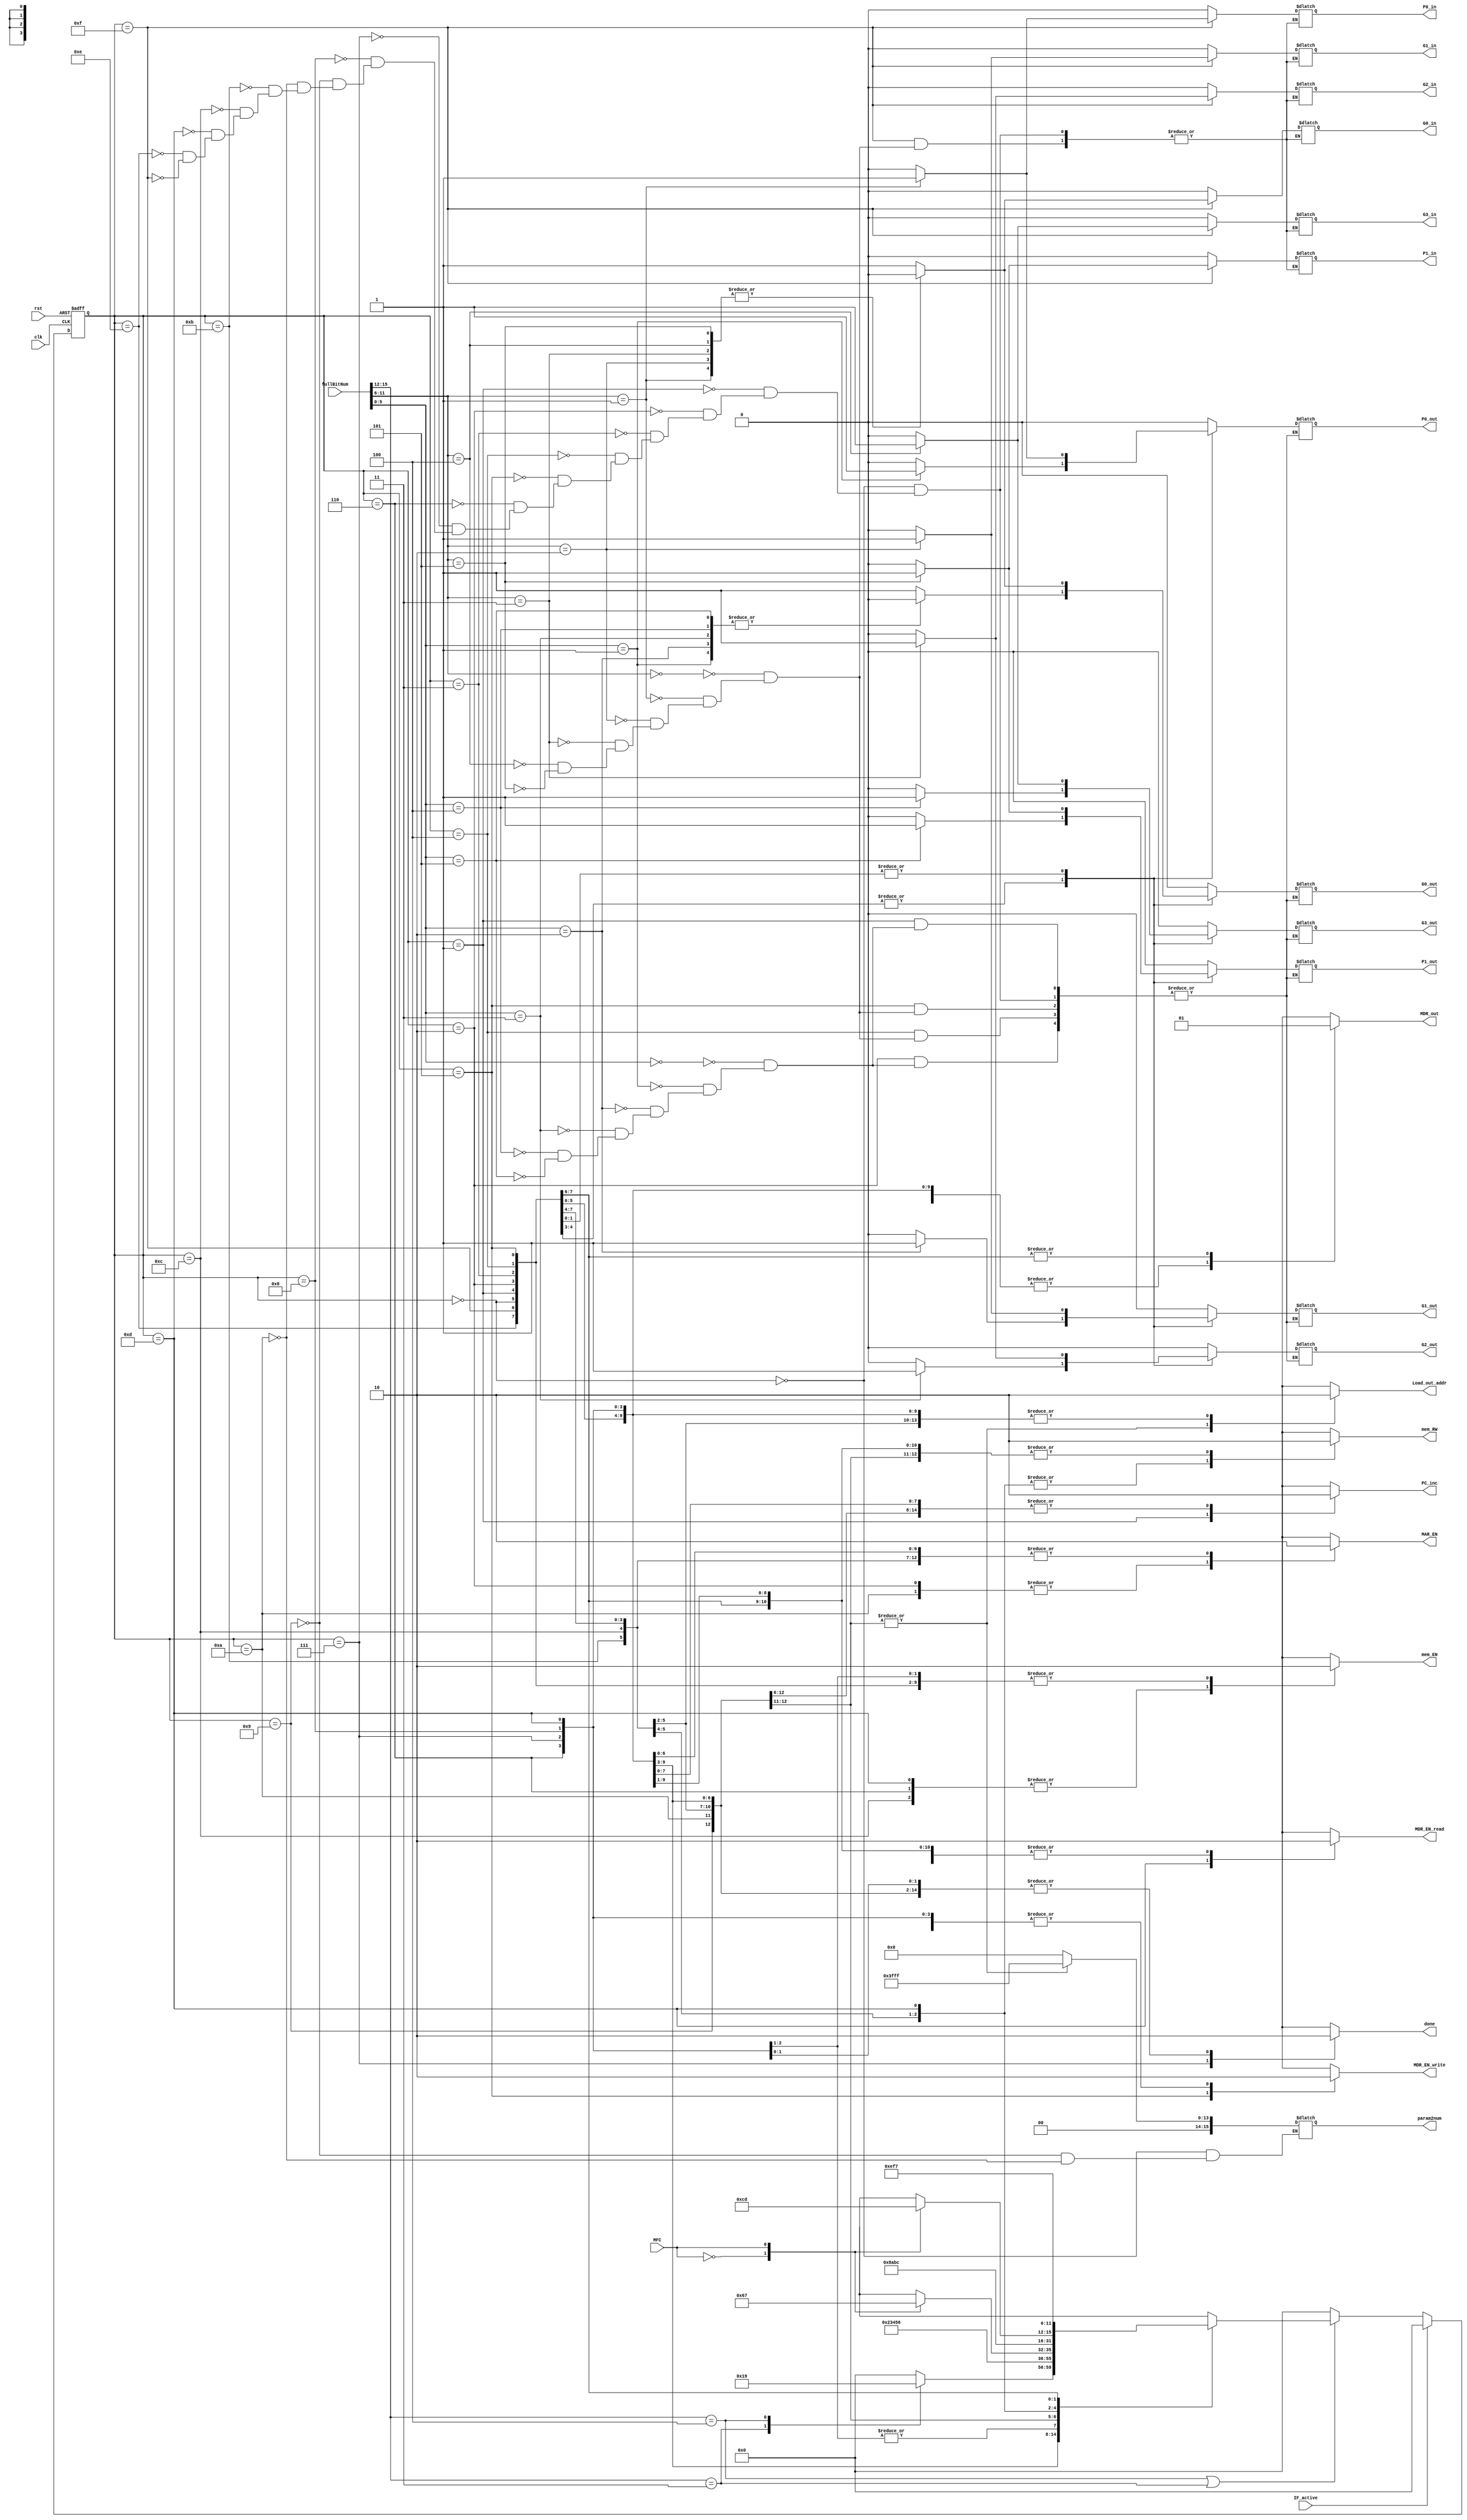
//Hayden Prater
//November 21, 2022
//Memory Load/Store
`timescale 1ns/10ps

module MemLoadStorefsm (clk, rst, fullBitNum, MFC, PC_inc, MAR_EN, mem_EN, mem_RW, MDR_EN_read, MDR_out, MDR_EN_write, done, param2num, Load_out_addr,
                    G0_in, G0_out, G1_in, G1_out, G2_in, G2_out, G3_in, G3_out, P0_in, P0_out, P1_in, P1_out, IF_active);
input clk, rst, MFC, IF_active;
input [15:0] fullBitNum;
output reg G0_in, G0_out, G1_in, G1_out, G2_in, G2_out, G3_in, G3_out, P0_in, P0_out, P1_in, P1_out;
output reg PC_inc, MAR_EN, mem_EN, mem_RW, MDR_EN_read, MDR_out, MDR_EN_write, done, Load_out_addr;
reg [3:0] pres_state, next_state;
    parameter st0 = 4'b0000, st1 = 4'b0001, st2 = 4'b0010, st3 = 4'b0011, st4 = 4'b0100,
              st5 = 4'b0101, st6 = 4'b0110, st7 = 4'b0111, st8 = 4'b1000, st9 = 4'b1001,
              st10 = 4'b1010, st11 = 4'b1011, st12 = 4'b1100, st13 = 4'b1101, st14 = 4'b1110, st15 = 4'b1111;

wire [3:0]opCode = fullBitNum[15:12];
wire [5:0]param1 = fullBitNum[11:6]; 
wire [5:0]param2 = fullBitNum[5:0];
output reg[15:0] param2num;

always @(posedge clk or posedge rst) 
    begin
        if (rst)
            pres_state <= st0;
        else if (IF_active)
            pres_state <= st0;
        else if (opCode == 4'b0100 || opCode == 4'b0011)
            pres_state <= next_state;
        else 
            pres_state <= st0;
    end

 always @(pres_state or MFC or opCode) 
    begin
        case (pres_state)
           //Choose Load or Store
           st0 : case(opCode)
           4'b0011: next_state <= st1;
           4'b0100: next_state <= st9;
           default: next_state <= st0;
           endcase

           //Store Steps 
           st1 : next_state <= st2;
           st2 : next_state <= st3;
           st3 : next_state <= st4;
           st4 : next_state <= st5;
           st5 : next_state <= st6;
           st6 : case(MFC)              //MFC == 1 to move to next state
           1'b0: next_state <= st6;
           1'b1: next_state <= st7;     //Done
           default: next_state <= st6;
           endcase

           st7 : next_state <= st8;     //setting Done to 0 for both operations
           st8 : next_state <= st8;     //keeping Done to 0 for both operations

           //Load Steps
           st9 : next_state <= st10;
           st10: next_state <= st11;
           st11: next_state <= st12;
           st12: case(MFC)              //MFC == 1 to move to next state
           1'b0: next_state <= st12;
           1'b1: next_state <= st13;     
           default: next_state <= st12;
           endcase
           st13: next_state <= st14;
           st14: next_state <= st15;
           st15: next_state <= st7;     //Done

        default: next_state <= st0;
            
        endcase
    end

always @(pres_state) 
    begin
        case (pres_state)
//---------------------------st0-----------------------------
        st0: 
            begin
            PC_inc <= 0;
            //Gxout
            param2num <= 16'b0000000000000000;
            G0_out <= 0; G1_out <= 0; G2_out <= 0; G3_out <= 0; P0_out <= 0; P1_out <= 0;
            //Gxin
            G0_in <= 0; G1_in <= 0; G2_in <= 0; G3_in <= 0; P0_in <= 0; P1_in <= 0;
            MAR_EN <= 0;
            mem_EN <= 0;
            mem_RW <= 0;
            MDR_EN_read <= 0;
            MDR_out <= 0;
            MDR_EN_write <= 0;
            done <= 0;
            Load_out_addr <= 0;
            end
 //---------------------------st1-----------------------------
        st1: 
            begin
            PC_inc <= 1;
            //Gxout
            case(param2)
            6'b000000: begin
                G0_out <= 1; G1_out <= 0; G2_out <= 0; G3_out <= 0; P0_out <= 0; P1_out <= 0;
                end
            6'b000001: begin
                G0_out <= 0; G1_out <= 0; G2_out <= 0; G3_out <= 0; P0_out <= 1; P1_out <= 0;
                end
            6'b000010: begin 
                G0_out <= 0; G1_out <= 1; G2_out <= 0; G3_out <= 0; P0_out <= 0; P1_out <= 0;
                end
            6'b000011: begin
                G0_out <= 0; G1_out <= 0; G2_out <= 1; G3_out <= 0; P0_out <= 0; P1_out <= 0;
                end
            6'b000100: begin
                G0_out <= 0; G1_out <= 0; G2_out <= 0; G3_out <= 1; P0_out <= 0; P1_out <= 0;
                end
            6'b000101: begin
                G0_out <= 0; G1_out <= 0; G2_out <= 0; G3_out <= 0; P0_out <= 0; P1_out <= 1;
                end
            endcase
            //Gxin
            G0_in <= 0; G1_in <= 0; G2_in <= 0; G3_in <= 0; P0_in <= 0; P1_in <= 0;
            MAR_EN <= 0;
            mem_EN <= 0;
            mem_RW <= 0;
            MDR_EN_read <= 0;
            MDR_out <= 0;
            MDR_EN_write <= 0;
            done <= 0;
            Load_out_addr <= 0;
            end
 //---------------------------st2-----------------------------
        st2: 
            begin
            PC_inc <= 0;
            //Gxout
            case(param2)
            6'b000000: begin
                G0_out <= 1; G1_out <= 0; G2_out <= 0; G3_out <= 0; P0_out <= 0; P1_out <= 0;
                end
            6'b000001: begin
                G0_out <= 0; G1_out <= 0; G2_out <= 0; G3_out <= 0; P0_out <= 1; P1_out <= 0;
                end
            6'b000010: begin 
                G0_out <= 0; G1_out <= 1; G2_out <= 0; G3_out <= 0; P0_out <= 0; P1_out <= 0;
                end
            6'b000011: begin
                G0_out <= 0; G1_out <= 0; G2_out <= 1; G3_out <= 0; P0_out <= 0; P1_out <= 0;
                end
            6'b000100: begin
                G0_out <= 0; G1_out <= 0; G2_out <= 0; G3_out <= 1; P0_out <= 0; P1_out <= 0;
                end
            6'b000101: begin
                G0_out <= 0; G1_out <= 0; G2_out <= 0; G3_out <= 0; P0_out <= 0; P1_out <= 1;
                end
            endcase
            //Gxin
            G0_in <= 0; G1_in <= 0; G2_in <= 0; G3_in <= 0; P0_in <= 0; P1_in <= 0;
            MAR_EN <= 1;
            mem_EN <= 0;
            mem_RW <= 0;
            MDR_EN_read <= 0;
            MDR_out <= 0;
            MDR_EN_write <= 0;
            done <= 0;
            Load_out_addr <= 0;
            end
 //---------------------------st3-----------------------------
        st3: 
            begin
            PC_inc <= 0;
            //Gxout
            G0_out <= 0; G1_out <= 0; G2_out <= 0; G3_out <= 0; P0_out <= 0; P1_out <= 0;
            //Gxin
            G0_in <= 0; G1_in <= 0; G2_in <= 0; G3_in <= 0; P0_in <= 0; P1_in <= 0;
            MAR_EN <= 0;
            mem_EN <= 0;
            mem_RW <= 0;
            MDR_EN_read <= 0;
            MDR_out <= 0;
            MDR_EN_write <= 0;
            done <= 0;
            Load_out_addr <= 0;
            end  
//---------------------------st4-----------------------------
        st4: 
            begin
            PC_inc <= 0;
            //Gxout
            case(param1)
            6'b000000: begin
                G0_out <= 1; G1_out <= 0; G2_out <= 0; G3_out <= 0; P0_out <= 0; P1_out <= 0;
                end
            6'b000001: begin
                G0_out <= 0; G1_out <= 0; G2_out <= 0; G3_out <= 0; P0_out <= 1; P1_out <= 0;
                end
            6'b000010: begin 
                G0_out <= 0; G1_out <= 1; G2_out <= 0; G3_out <= 0; P0_out <= 0; P1_out <= 0;
                end
            6'b000011: begin
                G0_out <= 0; G1_out <= 0; G2_out <= 1; G3_out <= 0; P0_out <= 0; P1_out <= 0;
                end
            6'b000100: begin
                G0_out <= 0; G1_out <= 0; G2_out <= 0; G3_out <= 1; P0_out <= 0; P1_out <= 0;
                end
            6'b000101: begin
                G0_out <= 0; G1_out <= 0; G2_out <= 0; G3_out <= 0; P0_out <= 0; P1_out <= 1;
                end
            endcase
            //Gxin
            G0_in <= 0; G1_in <= 0; G2_in <= 0; G3_in <= 0; P0_in <= 0; P1_in <= 0;
            MAR_EN <= 0;
            mem_EN <= 0;
            mem_RW <= 0;
            MDR_EN_read <= 0;
            MDR_out <= 0;
            MDR_EN_write <= 0;
            done <= 0;
            Load_out_addr <= 0;
            end   
//---------------------------st5-----------------------------
        st5: 
            begin
            PC_inc <= 0;
            //Gxout
            case(param1)
            6'b000000: begin
                G0_out <= 1; G1_out <= 0; G2_out <= 0; G3_out <= 0; P0_out <= 0; P1_out <= 0;
                end
            6'b000001: begin
                G0_out <= 0; G1_out <= 0; G2_out <= 0; G3_out <= 0; P0_out <= 1; P1_out <= 0;
                end
            6'b000010: begin 
                G0_out <= 0; G1_out <= 1; G2_out <= 0; G3_out <= 0; P0_out <= 0; P1_out <= 0;
                end
            6'b000011: begin
                G0_out <= 0; G1_out <= 0; G2_out <= 1; G3_out <= 0; P0_out <= 0; P1_out <= 0;
                end
            6'b000100: begin
                G0_out <= 0; G1_out <= 0; G2_out <= 0; G3_out <= 1; P0_out <= 0; P1_out <= 0;
                end
            6'b000101: begin
                G0_out <= 0; G1_out <= 0; G2_out <= 0; G3_out <= 0; P0_out <= 0; P1_out <= 1;
                end
            endcase
            //Gxin
            G0_in <= 0; G1_in <= 0; G2_in <= 0; G3_in <= 0; P0_in <= 0; P1_in <= 0;
            MAR_EN <= 0;
            mem_EN <= 0;
            mem_RW <= 0;
            MDR_EN_read <= 0;
            MDR_out <= 0;
            MDR_EN_write <= 1;
            done <= 0;
            Load_out_addr <= 0;
            end 
//---------------------------st6-----------------------------
//MFC == 1 to move to next state
        st6: 
            begin
            PC_inc <= 0;
            //Gxout
            G0_out <= 0; G1_out <= 0; G2_out <= 0; G3_out <= 0; P0_out <= 0; P1_out <= 0;
            //Gxin
            G0_in <= 0; G1_in <= 0; G2_in <= 0; G3_in <= 0; P0_in <= 0; P1_in <= 0;
            MAR_EN <= 0;
            mem_EN <= 1;
            mem_RW <= 0;
            MDR_EN_read <= 0;
            MDR_out <= 0;
            MDR_EN_write <= 0;
            done <= 0;
            Load_out_addr <= 0;
            end
//---------------------------st7-----------------------------
        st7: 
            begin
            PC_inc <= 0;
            //Gxout
            G0_out <= 0; G1_out <= 0; G2_out <= 0; G3_out <= 0; P0_out <= 0; P1_out <= 0;
            //Gxin
            G0_in <= 0; G1_in <= 0; G2_in <= 0; G3_in <= 0; P0_in <= 0; P1_in <= 0;
            MAR_EN <= 0;
            mem_EN <= 0;
            mem_RW <= 0;
            MDR_EN_read <= 0;
            MDR_out <= 0;
            MDR_EN_write <= 0;
            done <= 1;
            Load_out_addr <= 0;
            end  
//---------------------------st8 - Setting done to 0----------
        st8: 
            begin
            PC_inc <= 0;
            //Gxout
            G0_out <= 0; G1_out <= 0; G2_out <= 0; G3_out <= 0; P0_out <= 0; P1_out <= 0;
            //Gxin
            G0_in <= 0; G1_in <= 0; G2_in <= 0; G3_in <= 0; P0_in <= 0; P1_in <= 0;
            MAR_EN <= 0;
            mem_EN <= 0;
            mem_RW <= 0;
            MDR_EN_read <= 0;
            MDR_out <= 0;
            MDR_EN_write <= 0;
            done <= 0;
            Load_out_addr <= 0;
            end
//---------------------------st9----------------------------- // Load
        st9: 
            begin
            PC_inc <= 0;
            param2num <= {16'b0011111111111111};
            //Gxout
            G0_out <= 0; G1_out <= 0; G2_out <= 0; G3_out <= 0; P0_out <= 0; P1_out <= 0;
            //Gxin
            G0_in <= 0; G1_in <= 0; G2_in <= 0; G3_in <= 0; P0_in <= 0; P1_in <= 0;
            MAR_EN <= 0;
            mem_EN <= 0;
            mem_RW <= 0;
            MDR_EN_read <= 0;
            MDR_out <= 0;
            MDR_EN_write <= 0;
            done <= 0;
            Load_out_addr <= 1;
            end
//---------------------------st10----------------------------- //
        st10: 
            begin
            PC_inc <= 0;
            param2num <= {16'b0011111111111111};
            //Gxout
            G0_out <= 0; G1_out <= 0; G2_out <= 0; G3_out <= 0; P0_out <= 0; P1_out <= 0;
            //Gxin
            G0_in <= 0; G1_in <= 0; G2_in <= 0; G3_in <= 0; P0_in <= 0; P1_in <= 0;
            MAR_EN <= 1;
            mem_EN <= 0;
            mem_RW <= 0;
            MDR_EN_read <= 0;
            MDR_out <= 0;
            MDR_EN_write <= 0;
            done <= 0;
            Load_out_addr <= 1;
            end
//---------------------------st11----------------------------- //
        st11: 
            begin
            PC_inc <= 0;
            //Gxout
            G0_out <= 0; G1_out <= 0; G2_out <= 0; G3_out <= 0; P0_out <= 0; P1_out <= 0;
            //Gxin
            G0_in <= 0; G1_in <= 0; G2_in <= 0; G3_in <= 0; P0_in <= 0; P1_in <= 0;
            MAR_EN <= 0;
            mem_EN <= 0;
            mem_RW <= 1;
            MDR_EN_read <= 0;
            MDR_out <= 0;
            MDR_EN_write <= 0;
            done <= 0;
            Load_out_addr <= 0;
            end
//---------------------------st12----------------------------- //
//MFC == 1 to move to next state
        st12: 
            begin
            PC_inc <= 0;
            //Gxout
            G0_out <= 0; G1_out <= 0; G2_out <= 0; G3_out <= 0; P0_out <= 0; P1_out <= 0;
            //Gxin
            G0_in <= 0; G1_in <= 0; G2_in <= 0; G3_in <= 0; P0_in <= 0; P1_in <= 0;
            MAR_EN <= 0;
            mem_EN <= 1;
            mem_RW <= 1;
            MDR_EN_read <= 0;
            MDR_out <= 0;
            MDR_EN_write <= 0;
            done <= 0;
            Load_out_addr <= 0;
            end
            
//---------------------------st13-----------------------------
        st13: 
            begin
            PC_inc <= 0;
            //Gxout
            G0_out <= 0; G1_out <= 0; G2_out <= 0; G3_out <= 0; P0_out <= 0; P1_out <= 0;
            //Gxin
            G0_in <= 0; G1_in <= 0; G2_in <= 0; G3_in <= 0; P0_in <= 0; P1_in <= 0;
            MAR_EN <= 0;
            mem_EN <= 1;
            mem_RW <= 1;
            MDR_EN_read <= 1;
            MDR_out <= 0;
            MDR_EN_write <= 0;
            done <= 0;
            Load_out_addr <= 0;
            end
//---------------------------st14-----------------------------
        st14: 
            begin
            PC_inc <= 0;
            //Gxout
            G0_out <= 0; G1_out <= 0; G2_out <= 0; G3_out <= 0; P0_out <= 0; P1_out <= 0;
            //Gxin
            G0_in <= 0; G1_in <= 0; G2_in <= 0; G3_in <= 0; P0_in <= 0; P1_in <= 0;
            MAR_EN <= 0;
            mem_EN <= 0;
            mem_RW <= 0;
            MDR_EN_read <= 0;
            MDR_out <= 1;
            MDR_EN_write <= 0;
            done <= 0;
            Load_out_addr <= 0;
            end   
//---------------------------st15-----------------------------
        st15: 
            begin
            PC_inc <= 0;
            //Gxout
            G0_out <= 0; G1_out <= 0; G2_out <= 0; G3_out <= 0; P0_out <= 0; P1_out <= 0;
            //Gxin
            case(param1)
            6'b000000: begin
                G0_in <= 1; G1_in <= 0; G2_in <= 0; G3_in <= 0; P0_in <= 0; P1_in <= 0;
                end
            6'b000001: begin
                G0_in <= 0; G1_in <= 0; G2_in <= 0; G3_in <= 0; P0_in <= 1; P1_in <= 0;
                end
            6'b000010: begin 
                G0_in <= 0; G1_in <= 1; G2_in <= 0; G3_in <= 0; P0_in <= 0; P1_in <= 0;
                end
            6'b000011: begin
                G0_in <= 0; G1_in <= 0; G2_in <= 1; G3_in <= 0; P0_in <= 0; P1_in <= 0;
                end
            6'b000100: begin
                G0_in <= 0; G1_in <= 0; G2_in <= 0; G3_in <= 1; P0_in <= 0; P1_in <= 0;
            end
            6'b000101: begin
                G0_in <= 0; G1_in <= 0; G2_in <= 0; G3_in <= 0; P0_in <= 0; P1_in <= 1;
            end
            endcase
            MAR_EN <= 0;
            mem_EN <= 0;
            mem_RW <= 0;
            MDR_EN_read <= 0;
            MDR_out <= 1;
            MDR_EN_write <= 0;
            done <= 0;
            Load_out_addr <= 0;
            end                                                                                                                       
//------------------------default-----------------------------
        default: 
        begin
            PC_inc <= 0;
            //Gxout
            G0_out <= 0; G1_out <= 0; G2_out <= 0; G3_out <= 0; P0_out <= 0; P1_out <= 0;
            //Gxin
            G0_in <= 0; G1_in <= 0; G2_in <= 0; G3_in <= 0; P0_in <= 0; P1_in <= 0;
            MAR_EN <= 0;
            mem_EN <= 0;
            mem_RW <= 0;
            MDR_EN_read <= 0;
            MDR_out <= 0;
            MDR_EN_write <= 0;
            done <= 0;
            Load_out_addr <= 0;
            end
        endcase
    end
endmodule